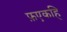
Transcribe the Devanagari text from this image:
फ़एकहि